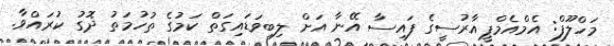
މަހްލޫފް: އެމްއެމްޕީއާރުސީގެ ފައިސާ އޭނާ އަށް ލިބިވަޑައިގަތް ކަމުގެ ތުހުމަތު ދޮގު ކުރައްވާ.